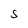
Character: S